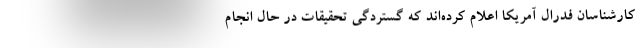
کارشناسان فدرال آمریکا اعلام کرده‌اند که گستردگی تحقیقات در حال انجام